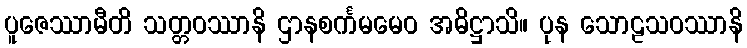
ပူဇေဿာမီတိ သတ္တဝဿာနိ ဌာနစင်္ကမမေဝ အဓိဋ္ဌာသိ။ ပုန သောဠသဝဿာနိ